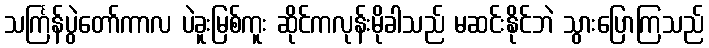
သင်္ကြန်ပွဲတော်ကာလ ပဲခူးမြစ်ကူး ဆိုင်ကလုန်းမိုခါသည် မဆင်းနိုင်ဘဲ သွားပြောကြသည်